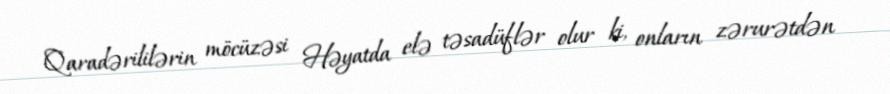
Qaradərililərin möcüzəsi Həyatda elə təsadüflər olur ki, onların zərurətdən